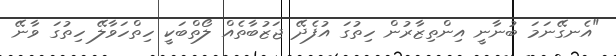
"އެނގޭނަމަ ބުނާނީ އިންތިޒާރުން ހިތުގަ އުފެދޭ ޖަޒުބާތެއް ލޯތްބަކީ ހިތްހަވާލޭ ހިތުގަ ވާނޭ